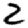
Digit: 2